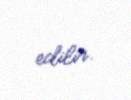
edilir.